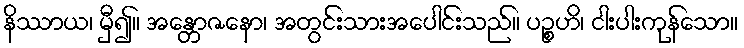
နိဿာယ၊ မှီ၍။ အန္တောဇနော၊ အတွင်းသားအပေါင်းသည်။ ပဉ္စဟိ၊ ငါးပါးကုန်သော။